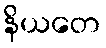
နိယတေ